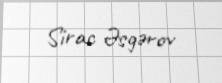
Sirac Əsgərov